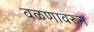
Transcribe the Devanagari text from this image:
वळणावरुन